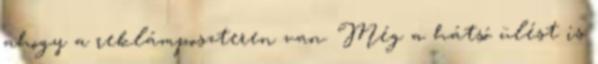
ahogy a reklámposzteren van. Még a hátsó ülést is